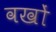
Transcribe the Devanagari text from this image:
वखों